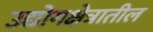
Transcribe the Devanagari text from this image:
उद्योगक्षेत्रातील